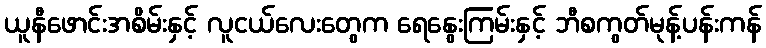
ယူနီဖောင်းအစိမ်းနှင့် လူငယ်လေးတွေက ရေနွေးကြမ်းနှင့် ဘီစကွတ်မုန့်ပန်းကန်